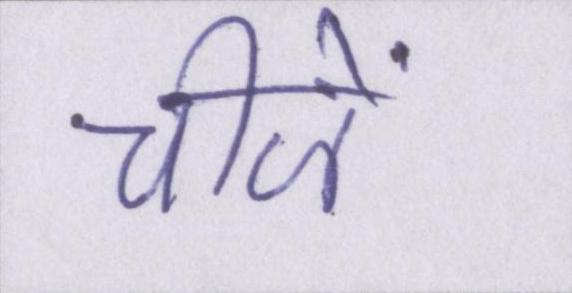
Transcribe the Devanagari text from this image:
चीजें